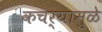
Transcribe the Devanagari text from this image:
कचर्‍यामुळे